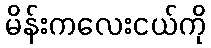
မိန်းကလေးငယ်ကို